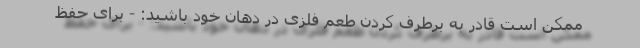
ممکن است قادر به برطرف کردن طعم فلزی در دهان خود باشید: - برای حفظ